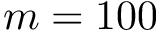
m = 1 0 0